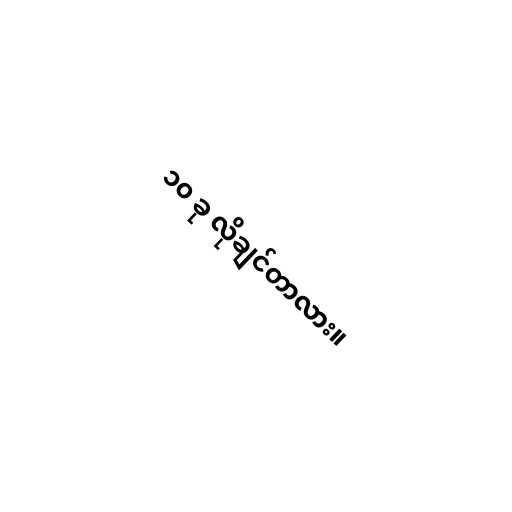
၁၀ ခု လိုချင်တာလား။